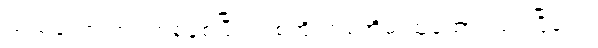
သည်တော့ ဘဝတစ်ခုစပြီး တစ်အိုးတစ်အိမ် ထူထောင်သင့်ပြီပေါ့။